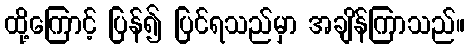
ထို့ကြောင့် ပြန်၍ ပြင်ရသည်မှာ အချိန်ကြာသည်။